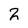
Character: 2